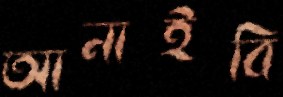
আনাইবি